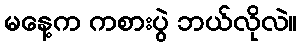
မနေ့က ကစားပွဲ ဘယ်လိုလဲ။